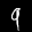
Label: 9